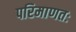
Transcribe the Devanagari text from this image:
परिमाणतः